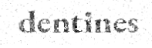
dentines